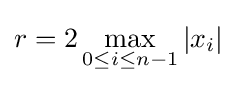
r=2\max _{0\leq i\leq n-1}|x_{i}|